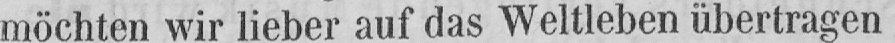
möchten wir lieber auf das Weltleben übertragen